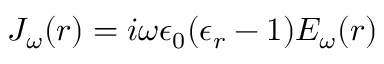
J _ { \omega } ( r ) = i \omega \epsilon _ { 0 } ( \epsilon _ { r } − 1 ) E _ { \omega } ( r )